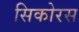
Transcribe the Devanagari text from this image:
सिकोरस